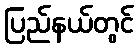
ပြည်နယ်တွင်